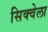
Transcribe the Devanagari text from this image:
सिक्वेला